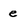
Character: e